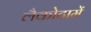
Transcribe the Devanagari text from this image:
लैकोटामें